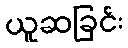
ယူဆခြင်း